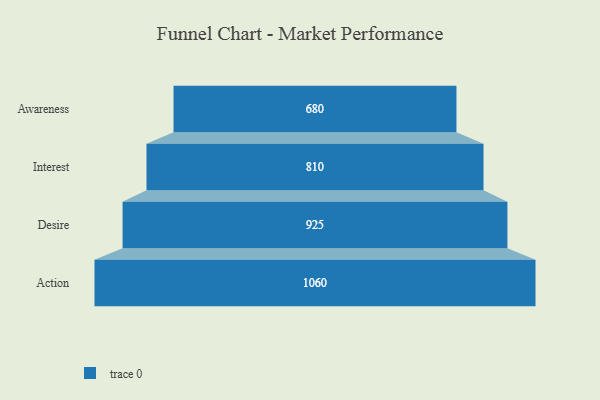
{"axis": {"x": "Stage", "y": "Value"}, "legend": [""], "data": [{"x": "Awareness", "y": 680.0, "type": ""}, {"x": "Interest", "y": 810.0, "type": ""}, {"x": "Desire", "y": 925.0, "type": ""}, {"x": "Action", "y": 1060.0, "type": ""}]}